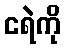
ငရဲကို